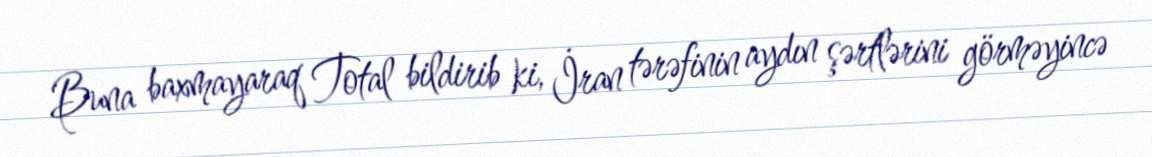
Buna baxmayaraq Total bildirib ki, İran tərəfinin aydın şərtlərini görməyincə